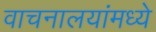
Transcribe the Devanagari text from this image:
वाचनालयांमध्ये